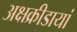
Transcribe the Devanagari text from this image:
अक्षक्रीडायां